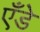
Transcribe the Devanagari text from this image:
एँडे